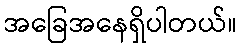
အခြေအနေရှိပါတယ်။